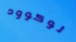
لوكوود